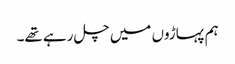
ہم پہاڑوں میں چل رہے تھے۔